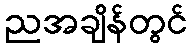
ညအချိန်တွင်